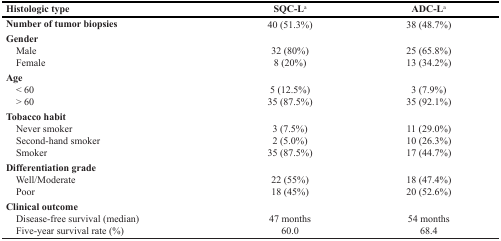
<table><thead><tr><td><b>Histologic type</b></td><td><b>SQC-L<sup>a</sup></b></td><td><b>ADC-L<sup>a</sup></b></td></tr></thead><tbody><tr><td><b>Number of tumor biopsies</b></td><td>40 (51.3%)</td><td>38 (48.7%)</td></tr><tr><td><b>Gender</b></td><td></td><td></td></tr><tr><td> Male</td><td>32 (80%)</td><td>25 (65.8%)</td></tr><tr><td> Female</td><td>8 (20%)</td><td>13 (34.2%)</td></tr><tr><td><b>Age</b></td><td></td><td></td></tr><tr><td> &lt; 60</td><td>5 (12.5%)</td><td>3 (7.9%)</td></tr><tr><td> &gt; 60</td><td>35 (87.5%)</td><td>35 (92.1%)</td></tr><tr><td><b>Tobacco habit</b></td><td></td><td></td></tr><tr><td> Never smoker</td><td>3 (7.5%)</td><td>11 (29.0%)</td></tr><tr><td> Second-hand smoker</td><td>2 (5.0%)</td><td>10 (26.3%)</td></tr><tr><td> Smoker</td><td>35 (87.5%)</td><td>17 (44.7%)</td></tr><tr><td><b>Differentiation grade</b></td><td></td><td></td></tr><tr><td> Well/Moderate</td><td>22 (55%)</td><td>18 (47.4%)</td></tr><tr><td> Poor</td><td>18 (45%)</td><td>20 (52.6%)</td></tr><tr><td><b>Clinical outcome</b></td><td></td><td></td></tr><tr><td> Disease-free survival (median)</td><td>47 months</td><td>54 months</td></tr><tr><td> Five-year survival rate (%)</td><td>60.0</td><td>68.4</td></tr></tbody></table>